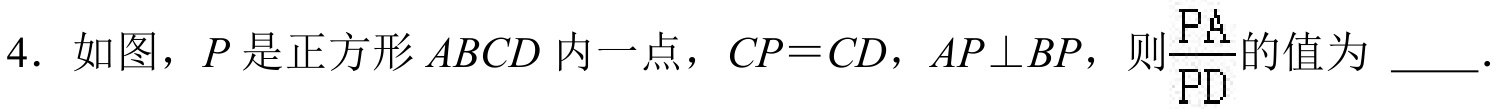
4. 如图，$P$是正方形$ABCD$内一点，$CP = CD$，$AP\perp BP$，则$\frac{PA}{PD}$的值为  ．